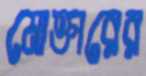
মোক্তারের